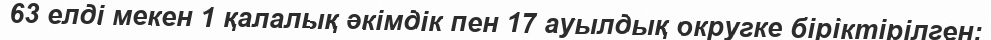
63 елді мекен 1 қалалық әкімдік пен 17 ауылдық округке біріктірілген: